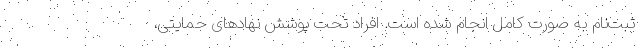
ثبت‌نام به صورت کامل انجام شده است. افراد تحت پوشش نهاد‌های حمایتی،